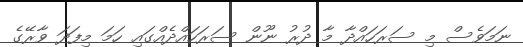
ނަމަވެސް މި ސަރަހައްދާ މާ ދުރު ނޫން ސަރަހައްދެއްގައި ހަމަ މިފަދަ ވާރޭގެ